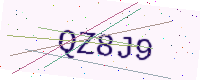
Text: QZ8J9